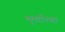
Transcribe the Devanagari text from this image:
मुमानियत